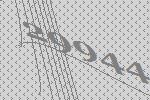
29944